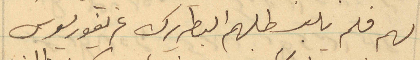
لهم فلم يلبي طلبهم البطريرك غريغوريوس